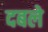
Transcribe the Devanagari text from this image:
दबले